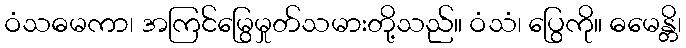
ဝံသဓမကာ၊ အကြင်မြွေမှုတ်သမားတို့သည်။ ဝံသံ၊ ပြွေကို။ ဓမေန္တိ၊